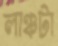
লাঞ্চটা